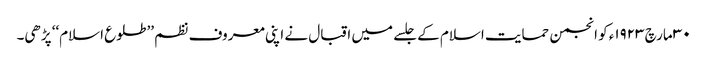
٣٠ مارچ ١٩٢٣ء کو انجمن حمایت اسلام کے جلسے میں اقبال نے اپنی معروف نظم ’’طلوع اسلام‘‘ پڑھی۔